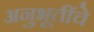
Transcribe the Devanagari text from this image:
अनुभूतींचे